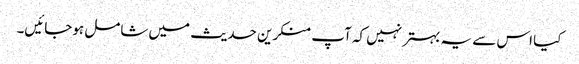
کیا اس سے یہ بہتر نہیں کہ آپ منکرین حدیث میں شامل ہوجائیں۔